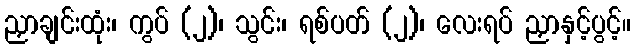
ညှာချင်းထုံး၊ ကွပ် (၂)၊ သွင်း၊ ရစ်ပတ် (၂)၊ လေးရပ် ညှာနှင့်ပွင့်။